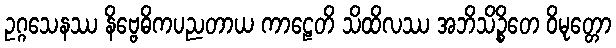
ဥဂ္ဂသေနဿ နိဗ္ဗေဓိကပညတာယ ကာဠေတိ သိထိလဿ အဘိသိဉ္စိတေ ဝိမုတ္တော